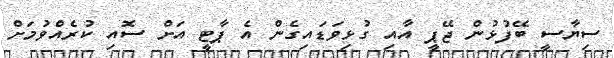
ސިޔާސީ ބޭފުޅުން ޖޭޕީ އާއި ގުޅިވަޑައިގެން އެ ޕާޓީ އަށް ސޮއި ކުރެއްވުމަށް